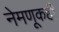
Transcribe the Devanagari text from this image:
नेमणूकही